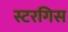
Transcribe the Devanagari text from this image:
स्टरगिस